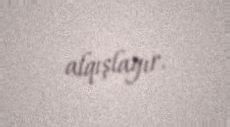
alqışlayır.